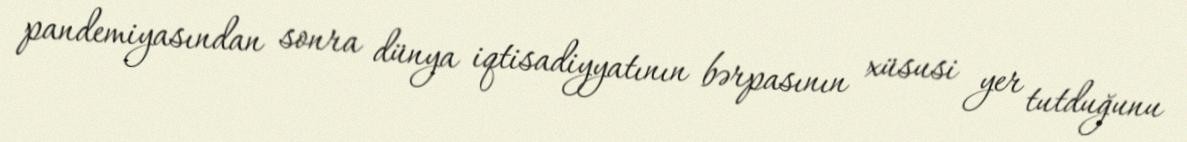
pandemiyasından sonra dünya iqtisadiyyatının bərpasının xüsusi yer tutduğunu